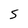
Character: s